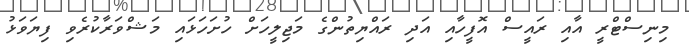
މިނިސްޓްރީ އާއި ރައީސް އޮފީހާއި އަދި ރައްޔިތުންގެ މަޖިލީހަށް ހުށަހަޅައި މަޝްވަރާކުރެވި ފިޔަވަޅު